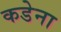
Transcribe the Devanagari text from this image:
कडेना